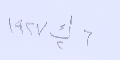
٦ ك٢ ١٩٢٧